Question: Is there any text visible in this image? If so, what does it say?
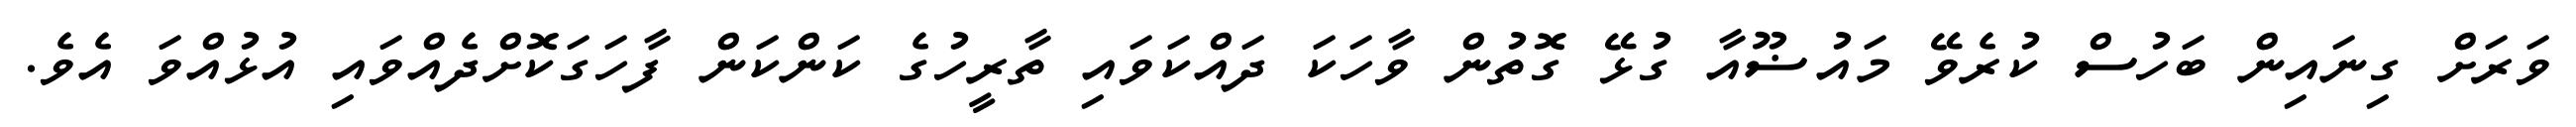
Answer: ވަރަށް ގިނައިން ބަހުސް ކުރެވޭ މައުޟޫއާ ގުޅޭ ގޮތުން ވާހަކަ ދައްކަވައި ތާރީހުގެ ކަންކަން ފާހަގަކޮށްދެއްވައި އުޅުއްވަ އެވެ.